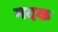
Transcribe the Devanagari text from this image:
गदक